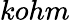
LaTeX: kohm